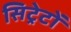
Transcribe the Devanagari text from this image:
सिट्रेटों